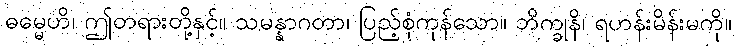
ဓမ္မေဟိ၊ ဤတရားတို့နှင့်။ သမန္နာဂတာ၊ ပြည့်စုံကုန်သော။ ဘိက္ခုနိ၊ ရဟန်းမိန်းမကို။